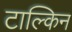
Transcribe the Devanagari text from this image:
टाल्किन